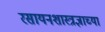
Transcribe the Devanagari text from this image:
रसायनशास्त्रज्ञाच्या